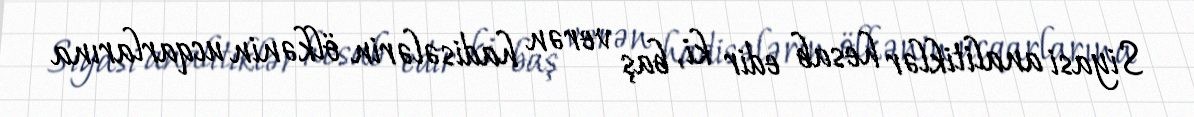
Siyasi analitiklər hesab edir ki, baş verən hadisələrin ölkənin ucqarlarına